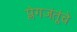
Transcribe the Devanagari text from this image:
प्लेगजंतूंचे